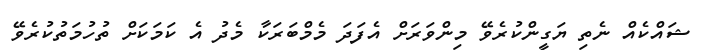
ޝައްކެއް ނެތި ޔަގީންކުރެވޭ މިންވަރަށް އެފަދަ މެމްބަރަކާ މެދު އެ ކަމަކަށް ތުހުމަތުކުރެވޭ